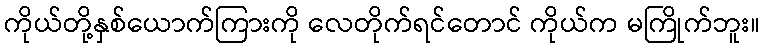
ကိုယ်တို့နှစ်ယောက်ကြားကို လေတိုက်ရင်တောင် ကိုယ်က မကြိုက်ဘူး။